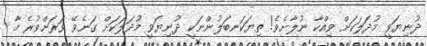
ދުނިޔަވީ މުދަލަކަށް ވިއްކާ ނުލާށެވެ! ތިޔަކަނބަލުންނަކީ ދުނިޔަވީ މުދަލަކަށް ގަނެވޭ ވަރަށްވުރެ މާ